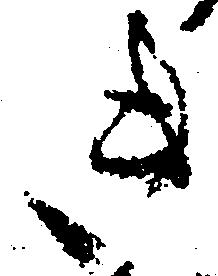
き